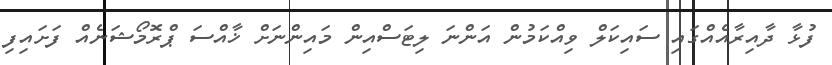
ފުޅާ ދާއިރާއެއްގައި ސައިކަލް ވިއްކަމުން އަންނަ ލިޓަސްއިން މައިންނަށް ޚާއްސަ ޕްރޮމޯޝަނެއް ފަށައިފި